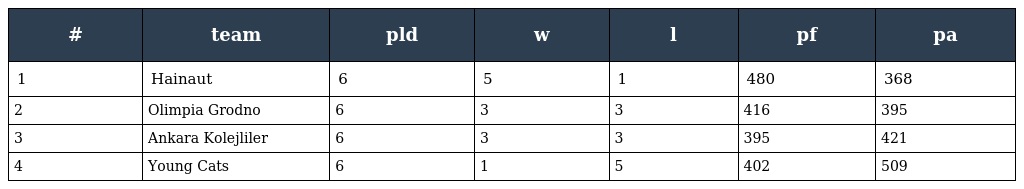
| # | team | pld | w | l | pf | pa |
 | --- | --- | --- | --- | --- | --- | --- |
 | 1 | Hainaut | 6 | 5 | 1 | 480 | 368 |
 | 2 | Olimpia Grodno | 6 | 3 | 3 | 416 | 395 |
 | 3 | Ankara Kolejliler | 6 | 3 | 3 | 395 | 421 |
 | 4 | Young Cats | 6 | 1 | 5 | 402 | 509 |